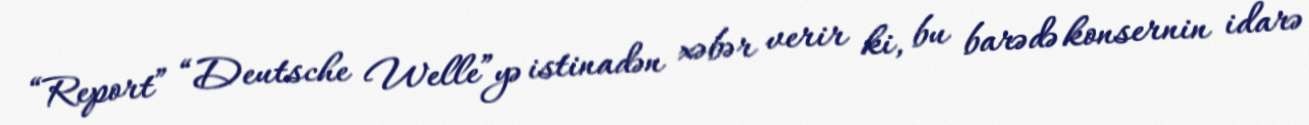
“Report” “Deutsche Welle”yə istinadən xəbər verir ki, bu barədə konsernin idarə